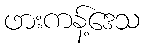
ဖားကန့်ဒေသ